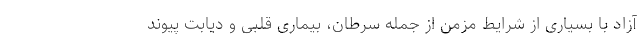
آزاد با بسیاری از شرایط مزمن از جمله سرطان، بیماری قلبی و دیابت پیوند